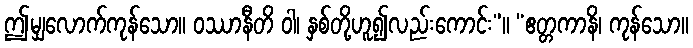
ဤမျှလောက်ကုန်သော။ ဝဿာနီတိ ဝါ၊ နှစ်တို့ဟူ၍လည်းကောင်း”။ “ဧတ္တကာနိ၊ ကုန်သော။